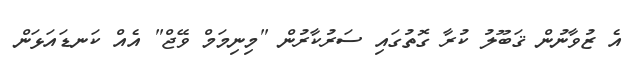
އެ ޒުވާނުން ޤަބޫލު ކުރާ ގޮތުގައި ސަރުކާރުން "މިނިމަމް ވޭޖް" އެއް ކަނޑައަޅަން